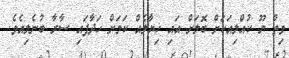
ވިތު ޔޫ ކުއްލިއަކަށް ބޮލަށް އައި ޚިޔާލެއް ކަމަށް ހަދާފައި ސާރާ ބުނެލިއެވެ.